Annual report on the Civil Veterinary Department, Burma (including the Insein Veterinary School) - 1932-1941
Year: 1932
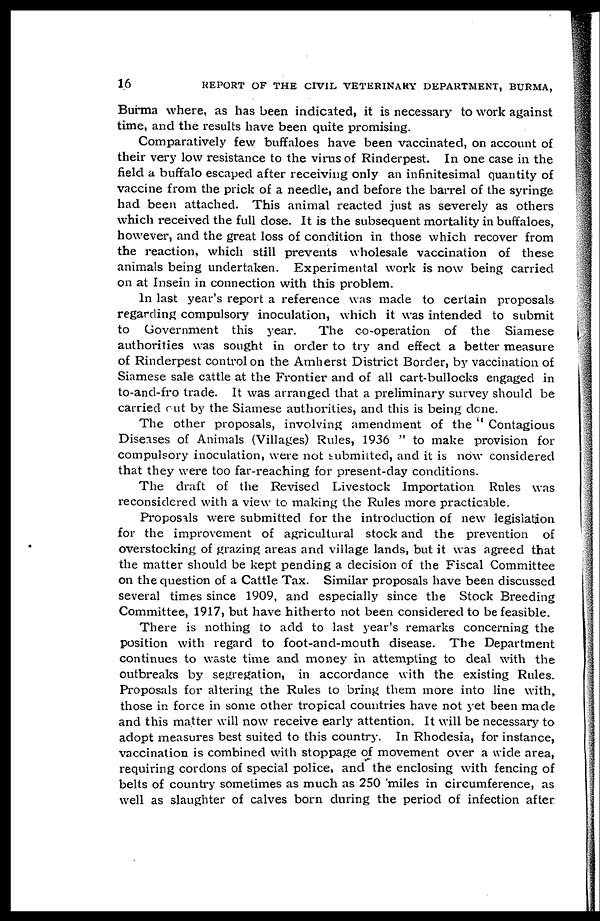
16
REPORT OF THE CIVIL VETERINARY DEPARTMENT, BURMA,
Burma where, as has been indicated, it is necessary to work against
time, and the results have been quite promising.
Comparatively few buffaloes have been vaccinated, on account of
their very low resistance to the virus of Rinderpest. In one case in the
field a buffalo escaped after receiving only an infinitesimal quantity of
vaccine from the prick of a needle, and before the barrel of the syringe
had been attached. This animal reacted just as severely as others
which received the full dose. It is the subsequent mortality in buffaloes,
however, and the great loss of condition in those which recover from
the reaction, which still prevents wholesale vaccination of these
animals being undertaken. Experimental work is now being carried
on at Insein in connection with this problem.
In last year's report a reference was made to certain proposals
regarding compulsory inoculation, which it was intended to submit
to Government this year.
The co-operation of the Siamese
authorities was sought in order to try and effect a better measure
of Rinderpest control on the Amherst District Border, by vaccination of
Siamese sale cattle at the Frontier and of all cart-bullocks engaged in
to-and-fro trade. It was arranged that a preliminary survey should be
carried rut by the Siamese authorities, and this is being done.
The other proposals, involving amendment of the " Contagious
Diseases of Animals (Villages) Rules, 1936 " to make provision for
compulsory inoculation, were not submitted, and it is now considered
that they were too far-reaching for present-day conditions.
The draft of the Revised Livestock Importation Rules was
reconsidered with a view to making the Rules more practicable.
Proposals were submitted for the introduction of new legislation
for the improvement of agricultural stock and the prevention of
overstocking of grazing areas and village lands, but it was agreed that
the matter should be kept pending a decision of the Fiscal Committee
on the question of a Cattle Tax. Similar proposals have been discussed
several times since 1909, and especially since the Stock Breeding
Committee, 1917, but have hitherto not been considered to be feasible.
There is nothing to add to last year's remarks concerning the
position with regard to foot-and-mouth disease. The Department
continues to waste time and money in attempting to deal with the
outbreaks by segregation, in accordance with the existing Rules.
Proposals for altering the Rules to bring them more into line with,
those in force in some other tropical countries have not yet been made
and this matter will now receive early attention. It will be necessary to
adopt measures best suited to this country. In Rhodesia, for instance,
vaccination is combined with stoppage of movement over a wide area,
requiring cordons of special police, and the enclosing with fencing of
belts of country sometimes as much as 250 miles in circumference, as
well as slaughter of calves born during the period of infection after